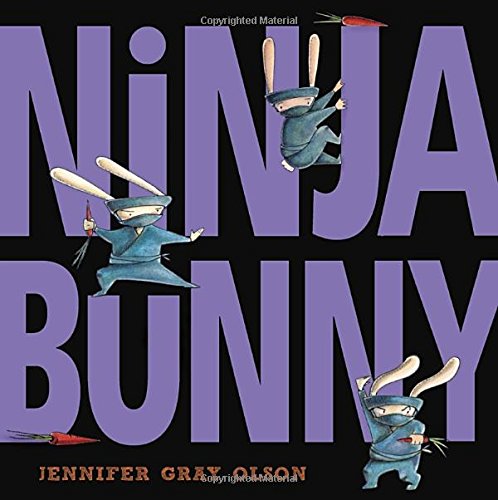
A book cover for Ninja Bunny; Jennifer Gray Olson; Children's Books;